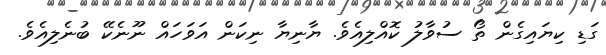
ގަޑި ކިޔައިގެން ތޯ ސުވާލު ކޮއްލިއެވެ. ޔާނިޔާ ނިކަން އަވަހައް ނޫނެކޭ ބުނެލިއެވެ.